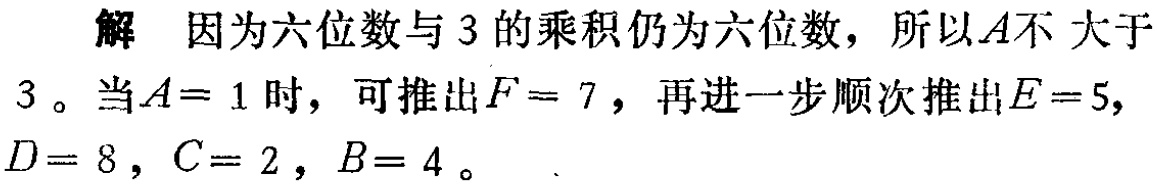
解 因为六位数与 3 的乘积仍为六位数，所以\(A\)不 大于

3 。当\(A = 1\)时，可推出\(F = 7\)，再进一步顺次推出\(E = 5\)，

\(D = 8\)，\(C = 2\)，\(B = 4\)。